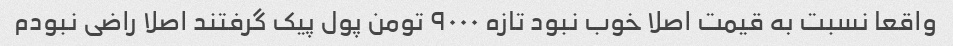
واقعا نسبت به قیمت اصلا خوب نبود تازه ۹۰۰۰ تومن پول پیک گرفتند اصلا راضی نبودم